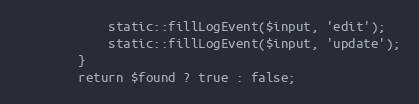
Language: PHP
			static::fillLogEvent($input, 'edit');
			static::fillLogEvent($input, 'update');
		}
		return $found ? true : false;